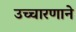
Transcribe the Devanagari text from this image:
उच्चारणाने